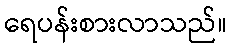
ရေပန်းစားလာသည်။